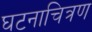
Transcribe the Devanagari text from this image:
घटनाचित्रण